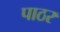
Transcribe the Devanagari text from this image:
पाठर